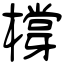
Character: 橕